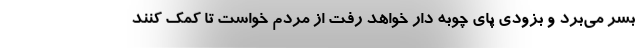
بسر می‌برد و بزودی پای چوبه دار خواهد رفت از مردم خواست تا کمک کنند